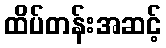
ထိပ်တန်းအဆင့်